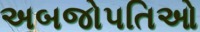
અબજોપતિઓ